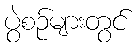
ပွဲစဉ်များတွင်